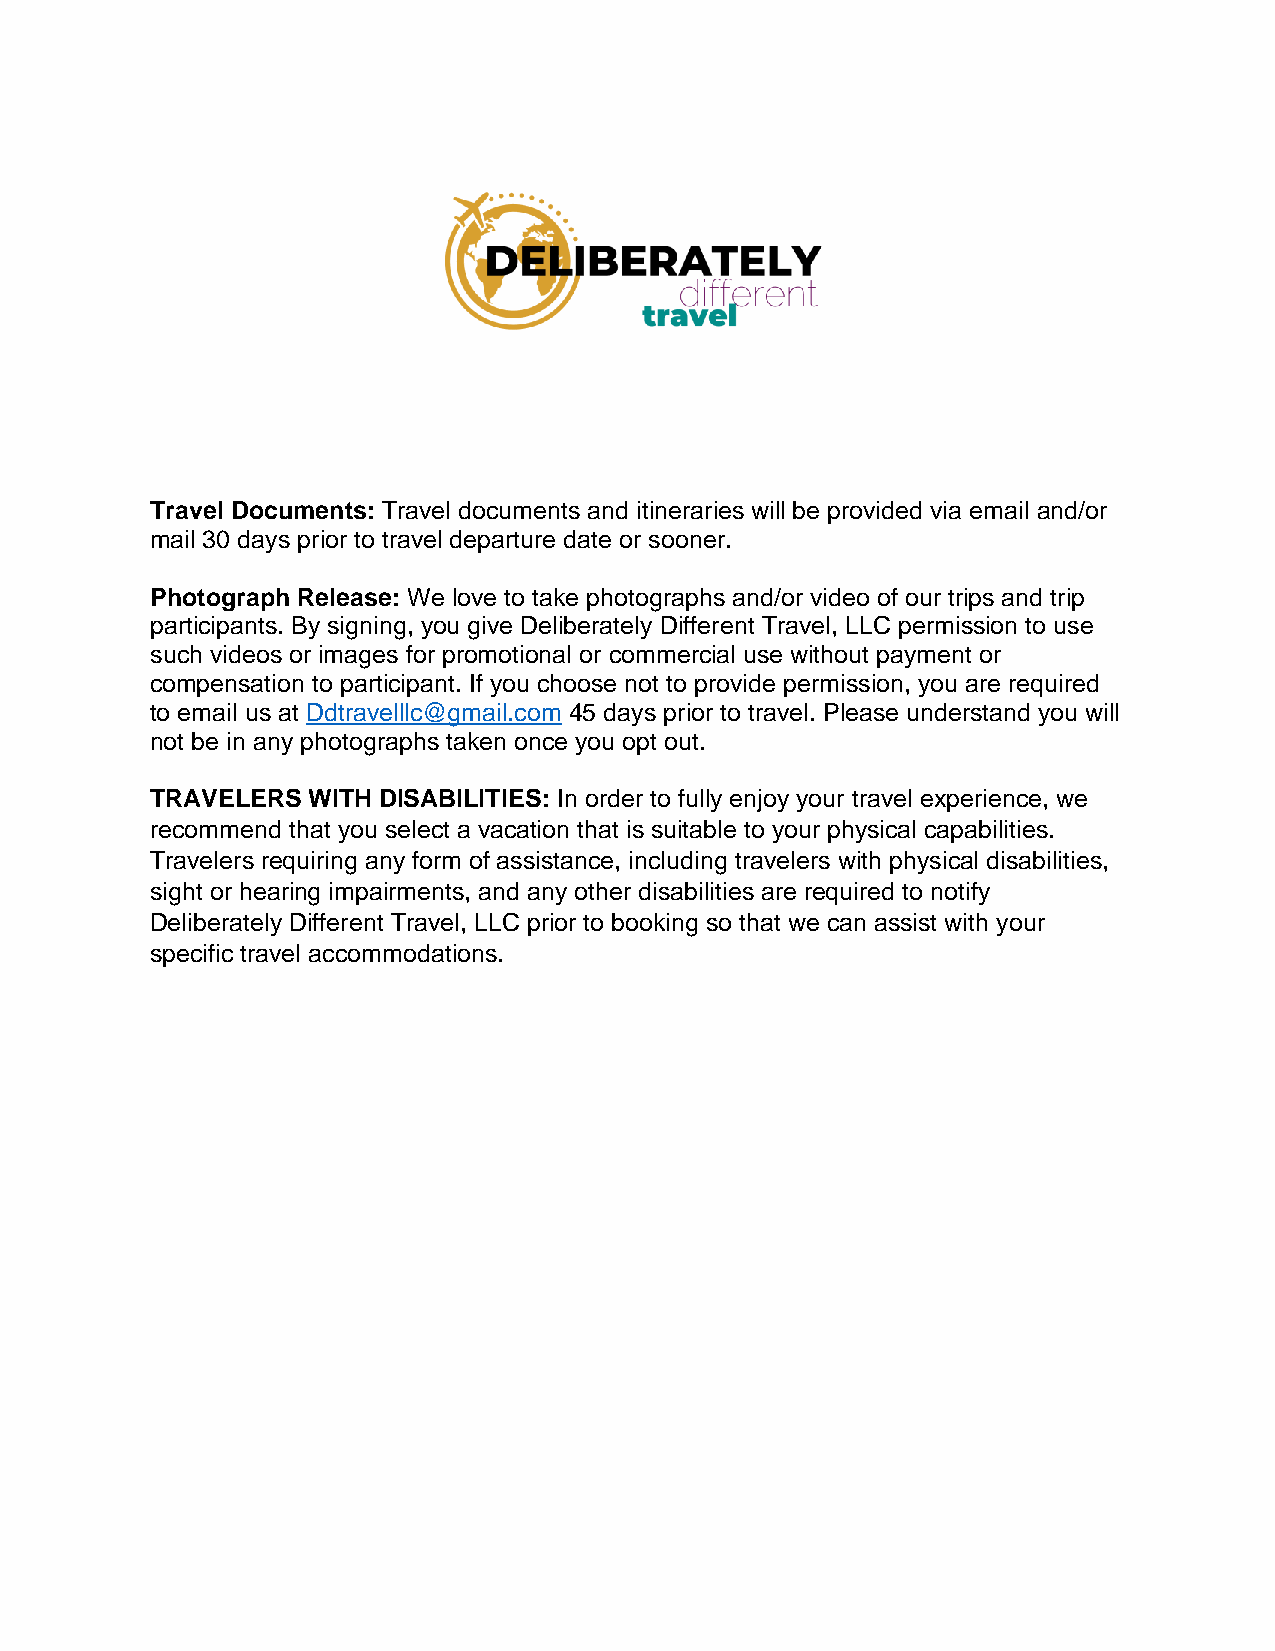
Travel Documents: Travel documents and itineraries will be provided via email and/or
 mail 30 days prior to travel departure date or sooner.
 Photograph Release: We love to take photographs and/or video of our trips and trip
 participants. By signing, you give Deliberately Different Travel, LLC permission to use
 such videos or images for promotional or commercial use without payment or
 compensation to participant. If you choose not to provide permission, you are required
 to email us at Ddtravelllc@gmail.com 45 days prior to travel. Please understand you will
 not be in any photographs taken once you opt out.
 TRAVELERS WITH DISABILITIES: In order to fully enjoy your travel experience, we
 recommend that you select a vacation that is suitable to your physical capabilities.
 Travelers requiring any form of assistance, including travelers with physical disabilities,
 sight or hearing impairments, and any other disabilities are required to notify
 Deliberately Different Travel, LLC prior to booking so that we can assist with your
 specific travel accommodations.